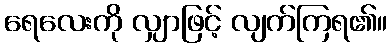
ရေလေးကို လျှာဖြင့် လျက်ကြရ၏။